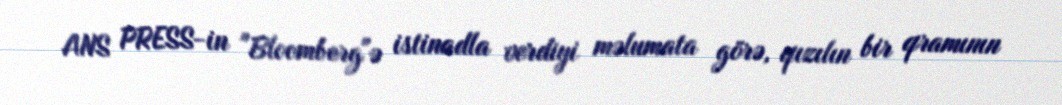
ANS PRESS-in "Bloomberg"ə istinadla verdiyi məlumata görə, qızılın bir qramının